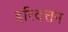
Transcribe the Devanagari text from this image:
हरिदत्तन